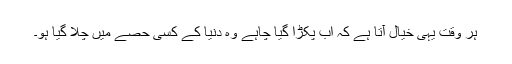
ہر وقت یہی خیال آتا ہے کہ اب پکڑا گیا چاہے وہ دنیا کے کسی حصے میں چلا گیا ہو۔